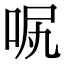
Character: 𠲙